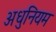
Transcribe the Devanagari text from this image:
अधुनियम